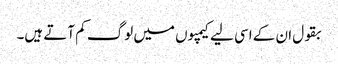
بقول ان کے اسی لیے کیمپوں میں لوگ کم آتے ہیں۔